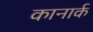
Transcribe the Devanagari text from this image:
कानार्क